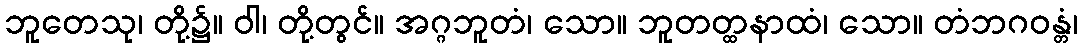
ဘူတေသု၊ တို့၌။ ဝါ၊ တို့တွင်။ အဂ္ဂဘူတံ၊ သော။ ဘူတတ္ထနာထံ၊ သော။ တံဘဂဝန္တံ၊